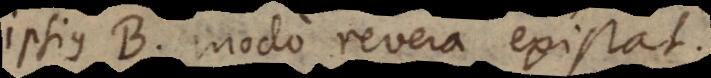
ipsius B, modo revera existat.